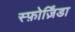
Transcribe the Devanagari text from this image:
स्फ़ोर्ज़िंडा